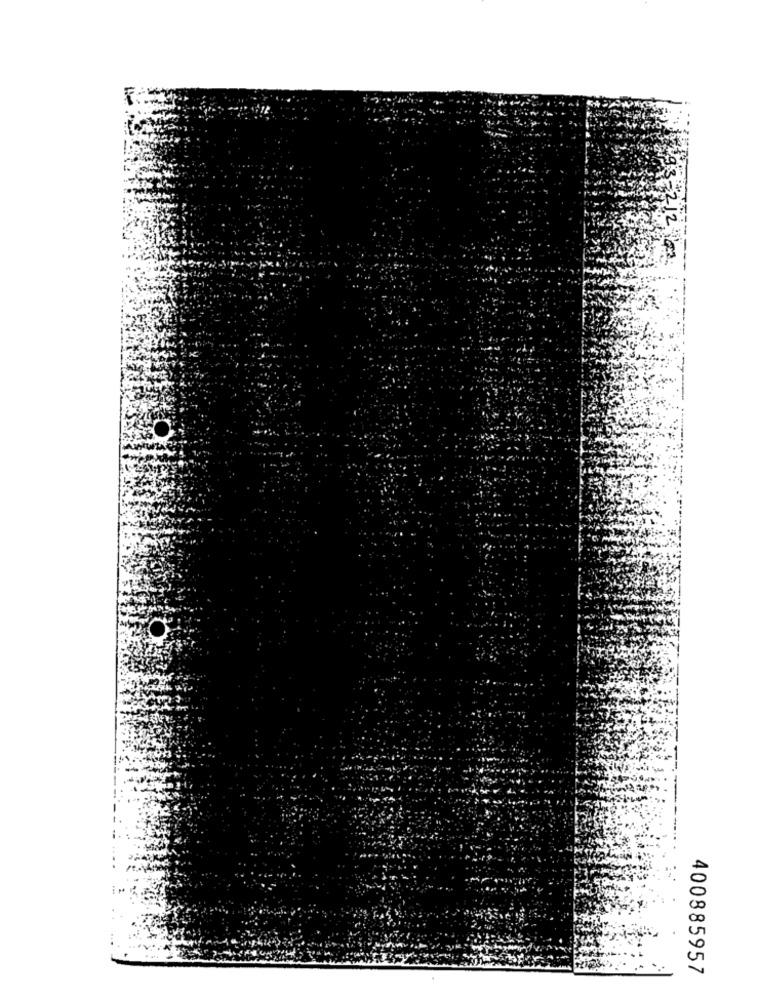
400885957